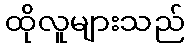
ထိုလူများသည်